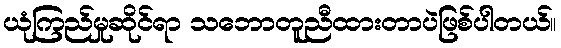
ယုံကြည်မှုဆိုင်ရာ သဘောတူညီထားတာပဲဖြစ်ပါတယ်။